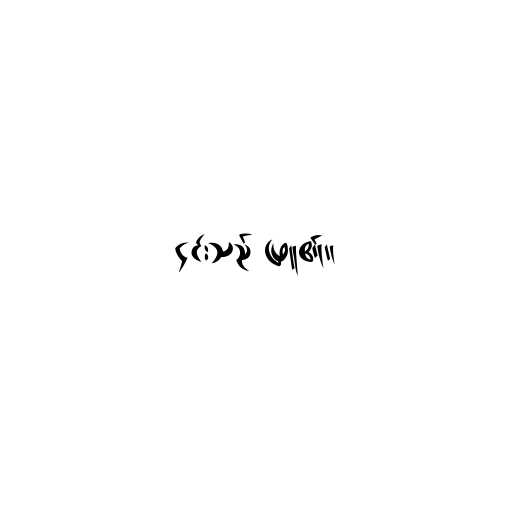
၎င်းသည် ဖြူ၏။